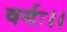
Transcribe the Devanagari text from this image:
वर्गः।।